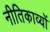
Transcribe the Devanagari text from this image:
नीतिकाव्यों